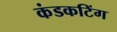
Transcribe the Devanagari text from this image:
कंडकटिंग